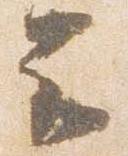
云